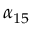
\alpha _ { 1 5 }